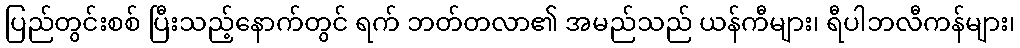
ပြည်တွင်းစစ် ပြီးသည့်နောက်တွင် ရက် ဘတ်တလာ၏ အမည်သည် ယန်ကီများ၊ ရီပါဘလီကန်များ၊